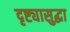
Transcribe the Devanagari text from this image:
दृष्ट्यासुद्धा